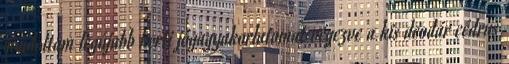
gondoltam legújabb kerti jógagyakorlatomat végezve a kis deodár cédrus